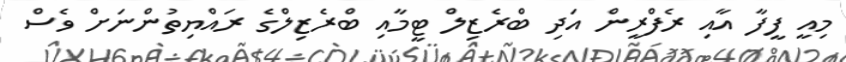
މިއީ ފީފާ އާއި ރެފްރީން އަދި ބްރެޒިލް ޓީމާއި ބްރެޒިލްގެ ރައްޔިތުންނަށް ވެސް